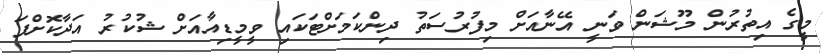
މީގެ އިތުރުން މޫޝަން ވަނީ އޭނާއަށް މިފުރުސަތު ދިންކަމަށްޓަކައި ވީމީޑިއާއަށް ޝުކުރު އަދާކޮށްފަ